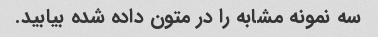
سه نمونه مشابه را در متون داده شده بیابید.